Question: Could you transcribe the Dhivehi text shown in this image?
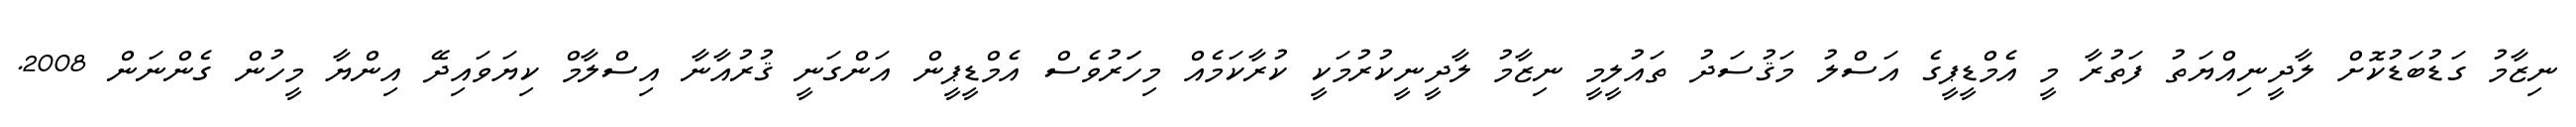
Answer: ނިޒާމު ގަޑުބަޑުކޮށް ލާދީނިއްޔަތު ފަތުރާ މީ އެމްޑީޕީގެ އަސްލު މަޤުސަދު ތައުލީމީ ނިޒާމު ލާދީނީކުރުމަކީ ކުރާކަމެއް މިހަަރުވެސް އެމްޑީޕީން އަންގަނީ ޤުރުއާނާ އިސްލާމް ކިޔަވައިދޭ އިންޔާ މީހުން ގެންނަން 2008.